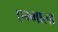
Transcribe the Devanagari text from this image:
एम्माला